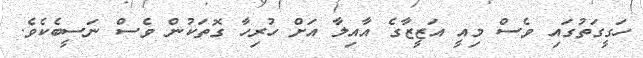
ހަގީގަތުގައި ވެސް މިއީ އަޒީޒާގެ އާއިލާ އަށް ހުރިހާ ގޮތަކުން ވެސް ނަސީބެކެވެ.